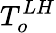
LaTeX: T_{o}^{LH}